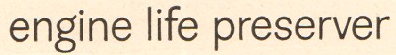
engine life preserver